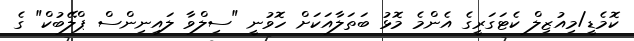
ކޮމެޑީ/މިއުޒިލް ކެޓަގަރީގެ އެންމެ މޮޅު ބަތަލާއަކަށް ހޮވުނީ "ސިލްވާ ލައިނިންސް ޕްލޭބުކް" ގެ